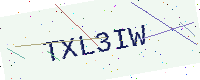
Text: TXL3IW